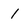
Character: l